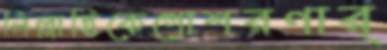
লিল্লাহিকেগোশরণার্